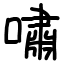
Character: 嘯